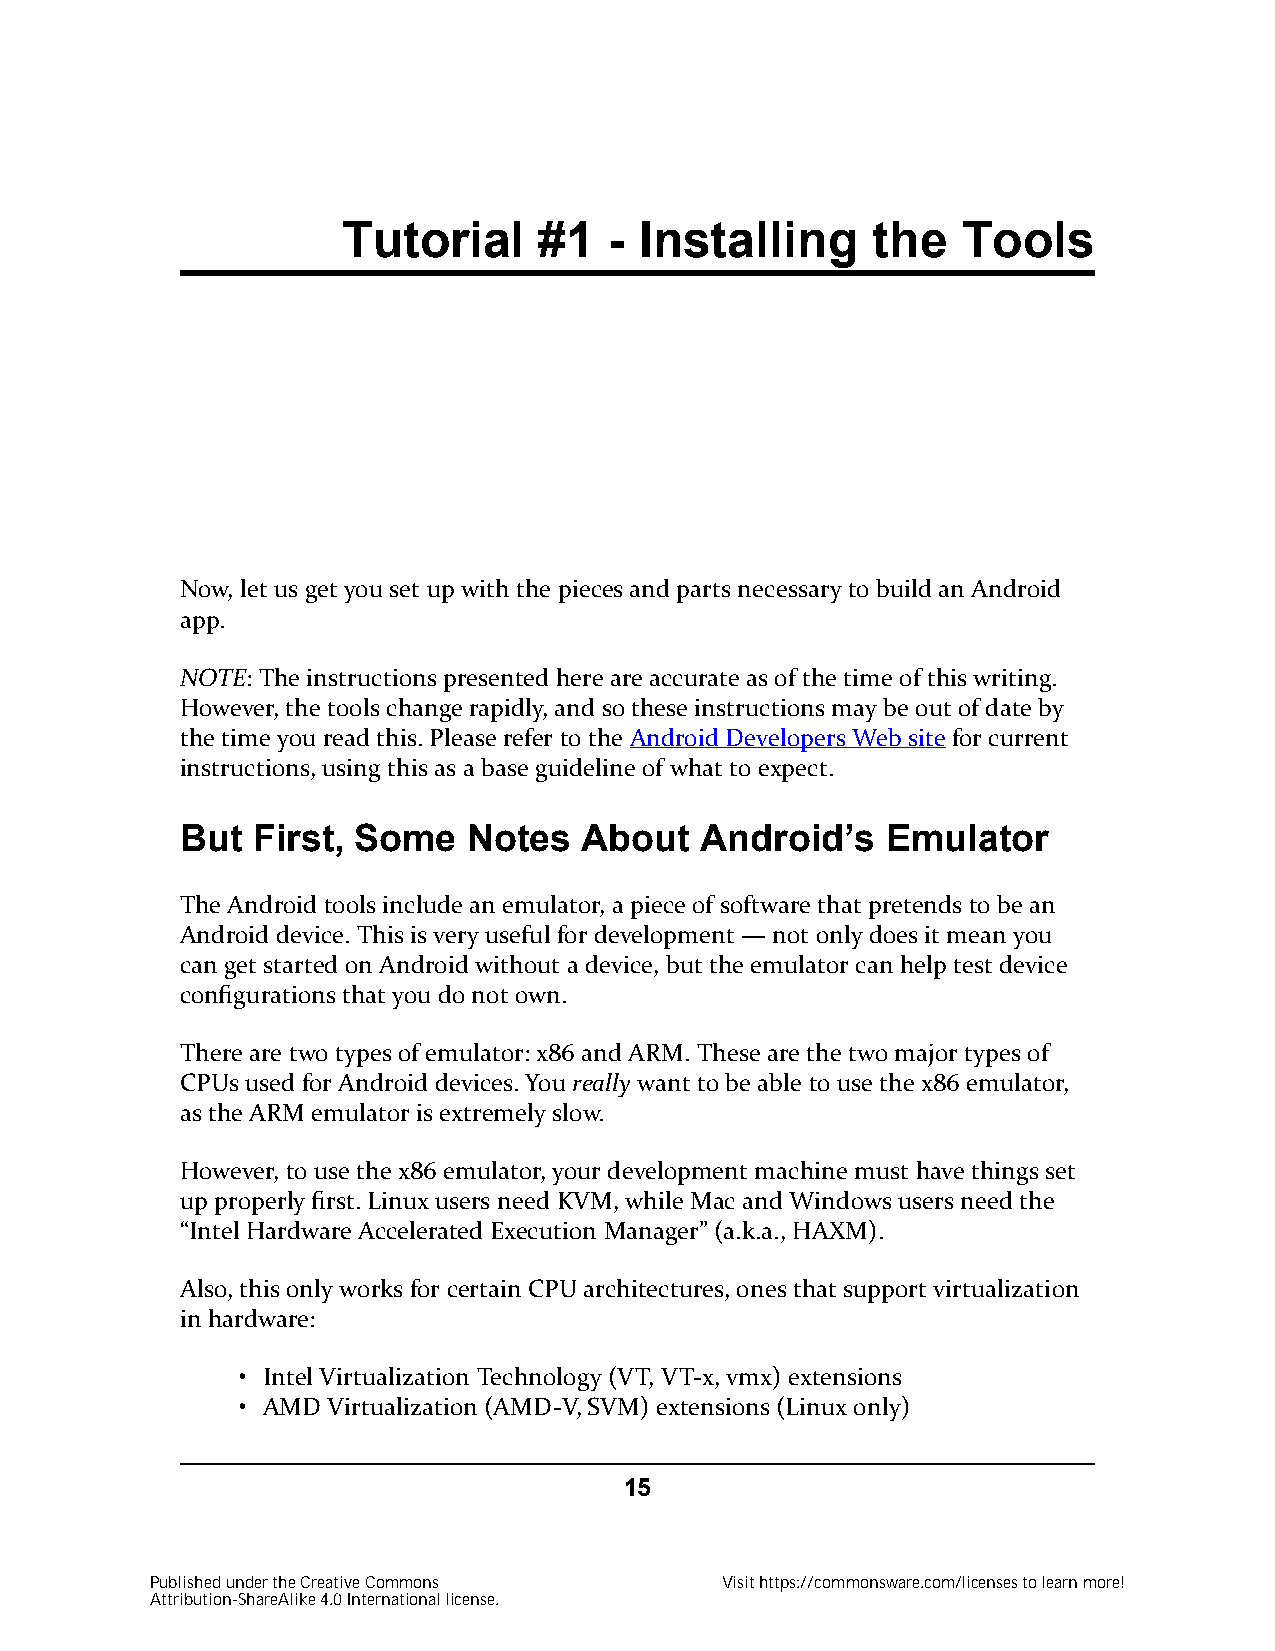
Tutorial     #1  - Installing      the   Tools
 Now, let us get you set up with the pieces and parts necessary to build an Android
 app.
 NOTE: The instructions presented here are accurate as of the time of this writing.
 However, the tools change rapidly, and so these instructions may be out of date by
 the time you read this. Please refer to the Android Developers Web site for current
 instructions, using this as a base guideline of what to expect.
 But  First, Some   Notes   About  Android’s    Emulator
 The Android tools include an emulator, a piece of software that pretends to be an
 Android device. This is very useful for development — not only does it mean you
 can get started on Android without a device, but the emulator can help test device
 configurations that you do not own.
 There are two types of emulator: x86 and ARM. These are the two major types of
 CPUs used for Android devices. You really want to be able to use the x86 emulator,
 as the ARM emulator is extremely slow.
 However, to use the x86 emulator, your development machine must have things set
 up properly first. Linux users need KVM, while Mac and Windows users need the
 “Intel Hardware Accelerated Execution Manager” (a.k.a., HAXM).
 Also, this only works for certain CPU architectures, ones that support virtualization
 in hardware:
 • Intel Virtualization Technology (VT, VT-x, vmx) extensions
 • AMD Virtualization (AMD-V, SVM) extensions (Linux only)
 15
 Published under the Creative Commons  Visit https://commonsware.com/licenses to learn more!
 Attribution-ShareAlike 4.0 International license.